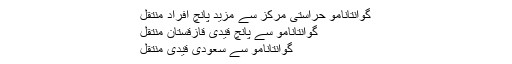
گوانتانامو حراستی مرکز سے مزید پانچ افراد منتقل
گوانتانامو سے پانچ قیدی قازقستان منتقل
گوانتانامو سے سعودی قیدی منتقل